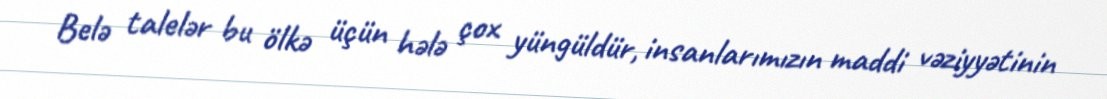
Belə talelər bu ölkə üçün hələ çox yüngüldür, insanlarımızın maddi vəziyyətinin